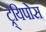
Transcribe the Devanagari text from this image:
ट्र्यिपोस